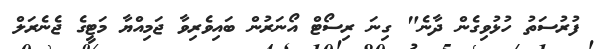
ފުރުސަތު ހުޅުވިގެން ދާނެ" ގިނަ ރިސޯޓް އޯނަރުން ބައިވެރިވާ ޖަމިއްޔާ މަޓީގެ ޖެނެރަލް